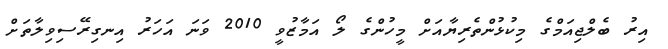
އިރު ބެލްޖިއަމްގެ މިކުޅުންތެރިޔާއަށް މީހުންގެ ލޯ އަމާޒުވީ 2010 ވަނަ އަހަރު އިނގިރޭސިވިލާތަށް